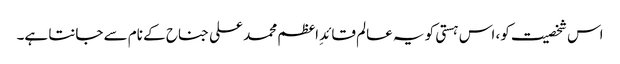
اس شخصیت کو، اس ہستی کو یہ عالم قائدِ اعظم محمد علی جناح کے نام سے جانتا ہے۔